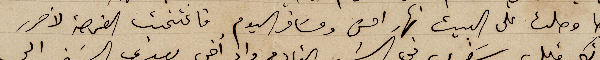
وها وصلت الى البيت نهار امس ومسَافر اليوم فاغتنمت الفرصة لأحرر